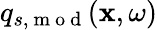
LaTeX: q_{s,\mathrm{~m~o~d~}}(\mathbf{x},\omega)